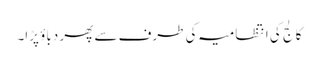
کالج کی انتظامیہ کی طرف سے پھر دباؤ پڑا۔